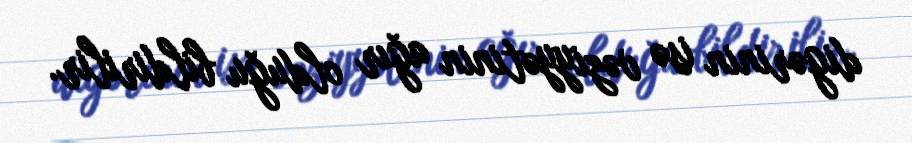
digərinin isə vəziyyətinin ağır olduğu bildirilir.